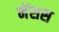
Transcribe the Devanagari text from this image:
नेंशस